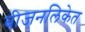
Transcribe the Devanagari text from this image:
बीजनलिकेत